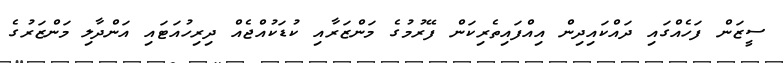
ސީޒަން ފަހެއްގައި ދައްކައިދިން އިއްފައިތެރިކަން ފޭރުމުގެ މަންޒަރާއި ކުޑަކުއްޖެއް ދިރިހުއަޓައި އަންދާލި މަންޒަރުގެ